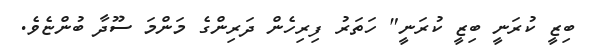
ބިޒީ ކުރަނީ ބިޒީ ކުރަނީ" ހަތަރު ފިރިހެން ދަރިންގެ މަންމަ ސޫދާ ބުންޏެވެ.